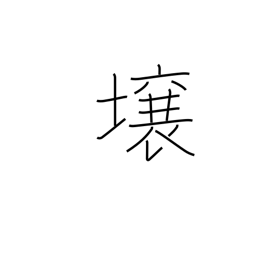
Meaning: lot